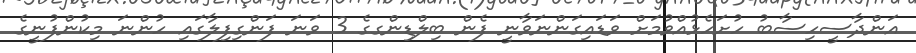
އަންދާސީހިސާބު ހުށަހެޅުއްވުމަށް ވަޑައިގަންނަވާނީ ފެން ބިލްޑިންގގެ 3 ވަނަ ފަންގިފިލާގައި ހުންނަ މިކުންފުނީގެ